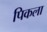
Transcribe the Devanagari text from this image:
पिकला